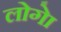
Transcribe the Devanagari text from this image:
लोगेा